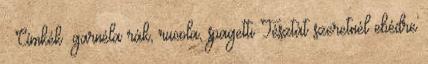
: Címkék: garnéla rák, rucola, spagetti Tésztát szeretnél ebédre